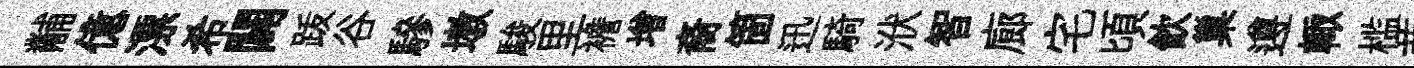
黼億漂希闢䟦谷驂墩駿里襜增裔箇迅騎洑智廊宅頃飲巢遵輙槛茜